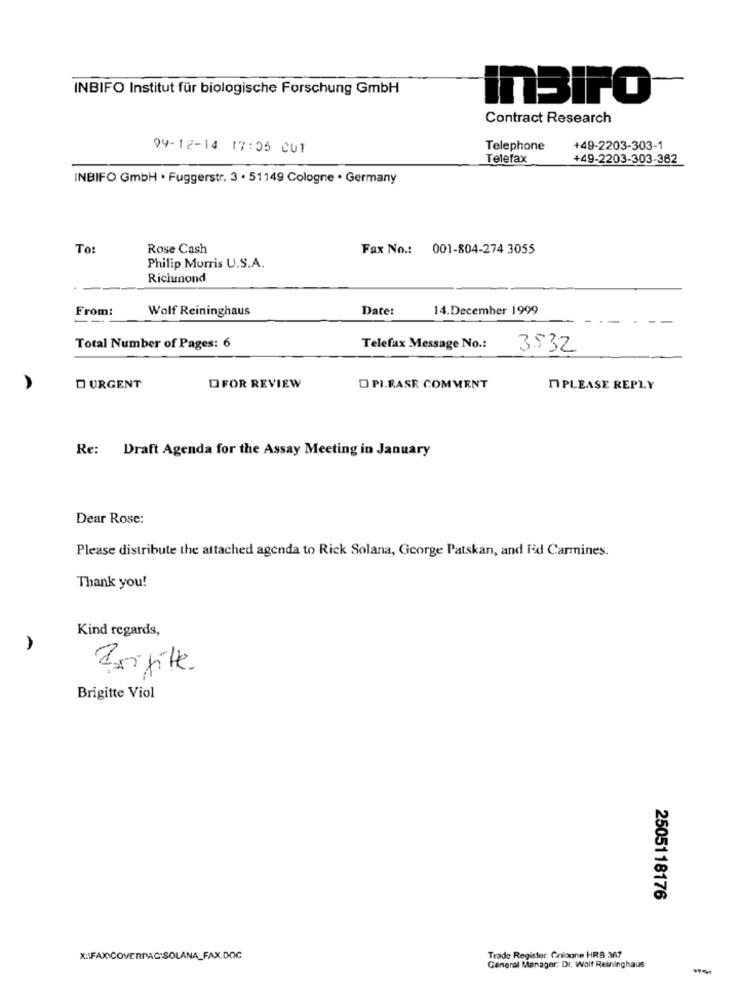
INBIFO Institut für biologische Forschung GmbH
inBirO
Contract Research
99-12-14 17:05 CUT
Telephone
+49-2203-303-1
Telefax
+49-2203-303-362
INBIFO GmbH . Fuggerstr. 3 · 51149 Cologne · Germany
To:
Rose Cash
Fax No .: 001-804-274 3055
Philip Morris U.S.A.
Richmond
From:
Wolf Reininghaus
Date:
14.December 1999
Total Number of Pages: 6
Telefax Message No .:
3532
D URGENT
DFOR REVIEW
DPI.FASE COMMENT
IPLEASE REPLY
Re: Draft Agenda for the Assay Meeting in January
Dear Rose:
Please distribute the attached agenda to Rick Solana, George Patskan, and Fid Carmines.
Thank you!
Kind regards,
A
Brigitte
Brigitte Viol
2505118176
X:\FAXCOVERPAC:SOLANA_FAX.DOC
Trade Register: Cologne HRB 367
General Manager: Dr. Wolf Reininghaus